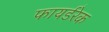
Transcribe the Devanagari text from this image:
फायर्डरेक